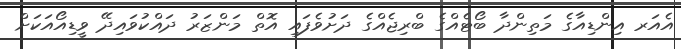
އެއަރ އިންޑިއާގެ މަތިންދާ ބޯޓެއްގެ ބްރިޖެއްގެ ދަށުވެފައި އޮތް މަންޒަރު ދައްކުވައިދޭ ވީޑިއޯއަކަށް